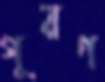
পূরণ